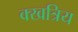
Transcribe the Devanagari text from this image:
क्खत्रिय